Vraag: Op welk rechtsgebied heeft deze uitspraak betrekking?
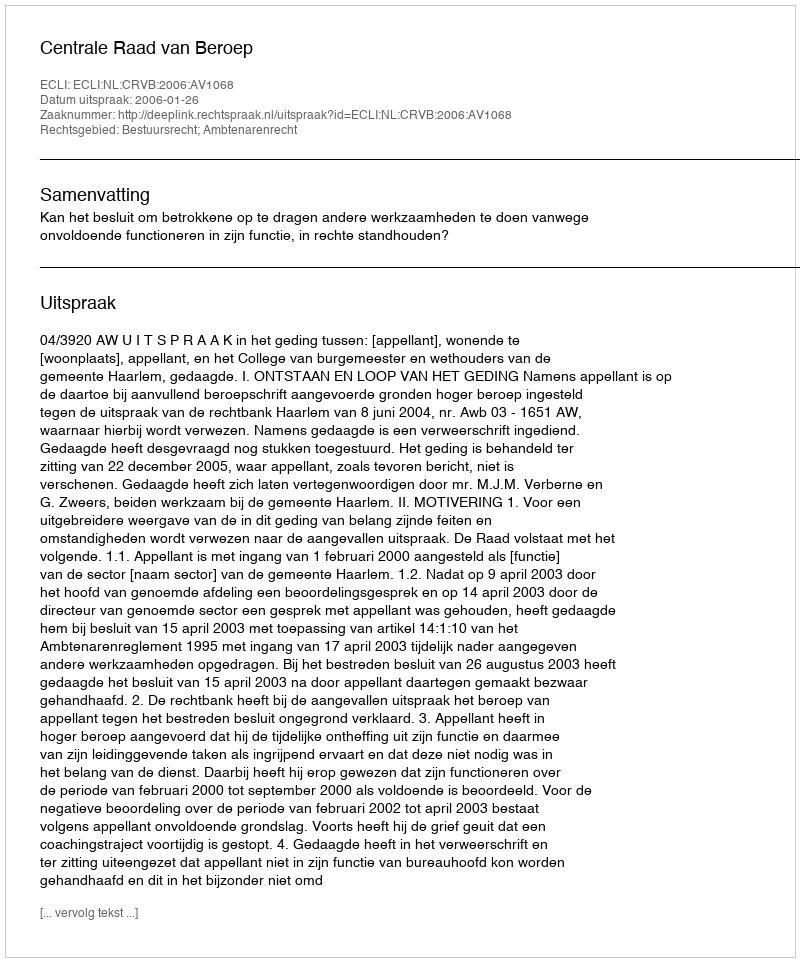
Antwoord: Bestuursrecht; Ambtenarenrecht